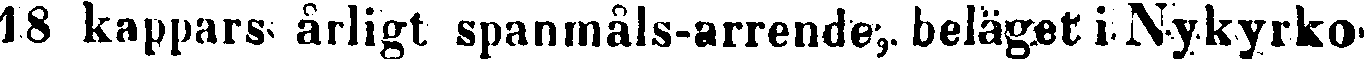
18 kappars årligt spanmåls-arrende, beläget i Nykyrko-